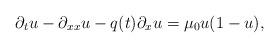
LaTeX: \begin{align*} \partial_t u -\partial_{xx} u - q(t) \partial_x u =\mu_0 u (1-u),\end{align*}